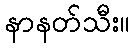
နာနတ်သီး။